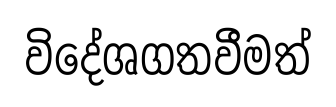
විදේශගතවීමත්